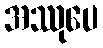
အဿုပေ